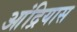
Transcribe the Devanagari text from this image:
आंद्रियास